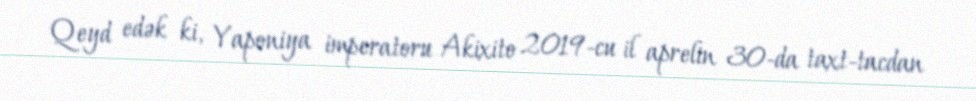
Qeyd edək ki, Yaponiya imperatoru Akixito 2019-cu il aprelin 30-da taxt-tacdan